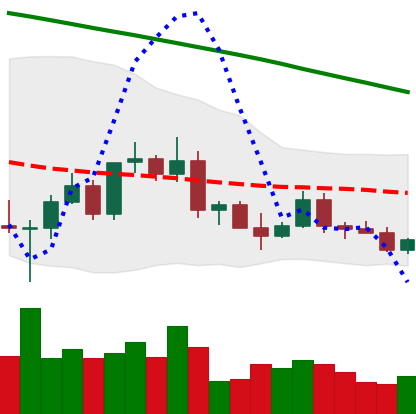
Ticker: ETC-USD
Chart end date: 2022-03-14
Forward return: 30.831%
Label: up_7plus